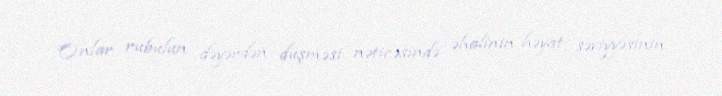
Onlar rubulun dəyərdən düşməsi nəticəsində əhalinin həyat səviyyəsinin